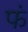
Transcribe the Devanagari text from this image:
फं